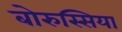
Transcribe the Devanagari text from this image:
बोरुस्सिया